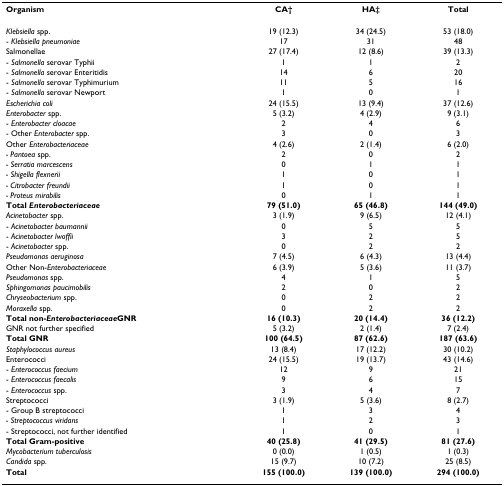
<table><thead><tr><td><b>Organism</b></td><td><b>CA† </b></td><td><b>HA‡ </b></td><td><b>Total</b></td></tr></thead><tbody><tr><td><i>Klebsiella </i>spp.</td><td>19 (12.3)</td><td>34 (24.5)</td><td>53 (18.0)</td></tr><tr><td>- <i>Klebsiella pneumoniae</i></td><td>17</td><td>31</td><td>48</td></tr><tr><td>Salmonellae</td><td>27 (17.4)</td><td>12 (8.6)</td><td>39 (13.3)</td></tr><tr><td>- <i>Salmonella </i>serovar Typhii</td><td>1</td><td>1</td><td>2</td></tr><tr><td>- <i>Salmonella </i>serovar Enteritidis</td><td>14</td><td>6</td><td>20</td></tr><tr><td>- <i>Salmonella </i>serovar Typhimurium</td><td>11</td><td>5</td><td>16</td></tr><tr><td>- <i>Salmonella </i>serovar Newport</td><td>1</td><td>0</td><td>1</td></tr><tr><td><i>Escherichia coli</i></td><td>24 (15.5)</td><td>13 (9.4)</td><td>37 (12.6)</td></tr><tr><td><i>Enterobacter </i>spp.</td><td>5 (3.2)</td><td>4 (2.9)</td><td>9 (3.1)</td></tr><tr><td>- <i>Enterobacter cloacae</i></td><td>2</td><td>4</td><td>6</td></tr><tr><td>- Other <i>Enterobacter </i>spp.</td><td>3</td><td>0</td><td>3</td></tr><tr><td>Other <i>Enterobacteriaceae</i></td><td>4 (2.6)</td><td>2 (1.4)</td><td>6 (2.0)</td></tr><tr><td><i>- Pantoea </i>spp.</td><td>2</td><td>0</td><td>2</td></tr><tr><td><i>- Serratia marcescens</i></td><td>0</td><td>1</td><td>1</td></tr><tr><td><i>- Shigella flexnerii</i></td><td>1</td><td>0</td><td>1</td></tr><tr><td><i>- Citrobacter freundii</i></td><td>1</td><td>0</td><td>1</td></tr><tr><td><i>- Proteus mirabilis</i></td><td>0</td><td>1</td><td>1</td></tr><tr><td><b>Total <i>Enterobacteriaceae</i></b></td><td><b>79 (51.0)</b></td><td><b>65 (46.8)</b></td><td><b>144 (49.0)</b></td></tr><tr><td><i>Acinetobacter </i>spp.</td><td>3 (1.9)</td><td>9 (6.5)</td><td>12 (4.1)</td></tr><tr><td>- <i>Acinetobacter baumannii</i></td><td>0</td><td>5</td><td>5</td></tr><tr><td>- <i>Acinetobacter lwoffii</i></td><td>3</td><td>2</td><td>5</td></tr><tr><td>- <i>Acinetobacter </i>spp.</td><td>0</td><td>2</td><td>2</td></tr><tr><td><i>Pseudomonas aeruginosa</i></td><td>7 (4.5)</td><td>6 (4.3)</td><td>13 (4.4)</td></tr><tr><td>Other Non-<i>Enterobacteriaceae</i></td><td>6 (3.9)</td><td>5 (3.6)</td><td>11 (3.7)</td></tr><tr><td><i>Pseudomonas </i>spp.</td><td>4</td><td>1</td><td>5</td></tr><tr><td><i>Sphingomonas paucimobilis</i></td><td>2</td><td>0</td><td>2</td></tr><tr><td><i>Chryseobacterium </i>spp.</td><td>0</td><td>2</td><td>2</td></tr><tr><td><i>Moraxella </i>spp.</td><td>0</td><td>2</td><td>2</td></tr><tr><td><b>Total non-<i>Enterobacteriaceae</i>GNR</b></td><td><b>16 (10.3)</b></td><td><b>20 (14.4)</b></td><td><b>36 (12.2)</b></td></tr><tr><td>GNR not further specified</td><td>5 (3.2)</td><td>2 (1.4)</td><td>7 (2.4)</td></tr><tr><td><b>Total GNR</b></td><td><b>100 (64.5)</b></td><td><b>87 (62.6)</b></td><td><b>187 (63.6)</b></td></tr><tr><td><i>Staphylococcus aureus</i></td><td>13 (8.4)</td><td>17 (12.2)</td><td>30 (10.2)</td></tr><tr><td>Enterococci</td><td>24 (15.5)</td><td>19 (13.7)</td><td>43 (14.6)</td></tr><tr><td>- <i>Enterococcus faecium</i></td><td>12</td><td>9</td><td>21</td></tr><tr><td>- <i>Enterococcus faecalis</i></td><td>9</td><td>6</td><td>15</td></tr><tr><td>- <i>Enterococcus </i>spp.</td><td>3</td><td>4</td><td>7</td></tr><tr><td>Streptococci</td><td>3 (1.9)</td><td>5 (3.6)</td><td>8 (2.7)</td></tr><tr><td>- Group B streptococci</td><td>1</td><td>3</td><td>4</td></tr><tr><td><i>- Streptococcus viridans</i></td><td>1</td><td>2</td><td>3</td></tr><tr><td>- Streptococci, not further identified</td><td>1</td><td>0</td><td>1</td></tr><tr><td><b>Total Gram-positive</b></td><td><b>40 (25.8)</b></td><td><b>41 (29.5)</b></td><td><b>81 (27.6)</b></td></tr><tr><td><i>Mycobacterium tuberculosis</i></td><td>0 (0.0)</td><td>1 (0.5)</td><td>1 (0.3)</td></tr><tr><td><i>Candida </i>spp.</td><td>15 (9.7)</td><td>10 (7.2)</td><td>25 (8.5)</td></tr><tr><td><b>Total</b></td><td><b>155 (100.0)</b></td><td><b>139 (100.0)</b></td><td><b>294 (100.0)</b></td></tr></tbody></table>